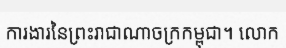
ការងារនៃព្រះរាជាណាចក្រកម្ពុជា។ លោក